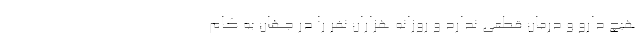
هیچ دارو و درمان قطعی ندارد و روزانه هزاران نفر را در جهان به کام